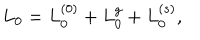
L _ { 0 } = L _ { 0 } ^ { ( 0 ) } + L _ { 0 } ^ { g } + L _ { 0 } ^ { ( s ) } ,